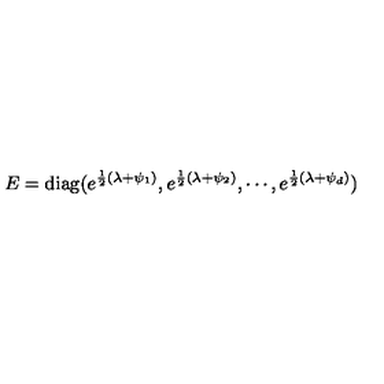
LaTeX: E = \mathrm { d i a g } ( e ^ { { \frac { 1 } { 2 } } ( \lambda + \psi _ { 1 } ) } , e ^ { { \frac { 1 } { 2 } } ( \lambda + \psi _ { 2 } ) } , \cdots , e ^ { { \frac { 1 } { 2 } } ( \lambda + \psi _ { d } ) } )